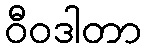
ဝီဝဒါတာ